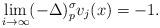
LaTeX: \begin{align*}\lim_{i\rightarrow\infty}(-\Delta)^{\sigma}_{p}v_{j}(x)=-1.\end{align*}